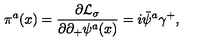
\pi ^ { a } ( x ) = { \frac { \partial { \cal L } _ { \sigma } } { \partial \partial _ { + } \psi ^ { a } ( x ) } } = i \bar { \psi } ^ { a } \gamma ^ { + } ,